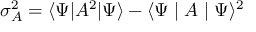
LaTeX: \sigma _ { A } ^ { 2 } = \langle \Psi | A ^ { 2 } | \Psi \rangle - \langle \Psi \mid A \mid \Psi \rangle ^ { 2 }